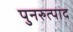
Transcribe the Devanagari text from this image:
पुनरुत्पाद